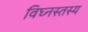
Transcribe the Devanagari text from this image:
विघ्नस्तस्य